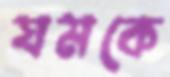
যমকে